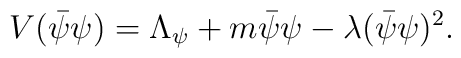
V(\bar{\psi}\psi)=\Lambda_\psi+m\bar{\psi}{\psi}-\lambda (\bar{\psi}\psi)^2.